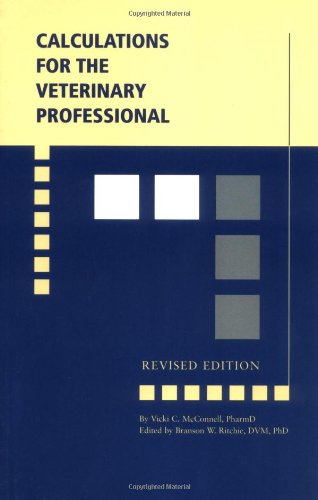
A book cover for Calculations for the Veterinary Professional, Revised Edition; Medical Books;